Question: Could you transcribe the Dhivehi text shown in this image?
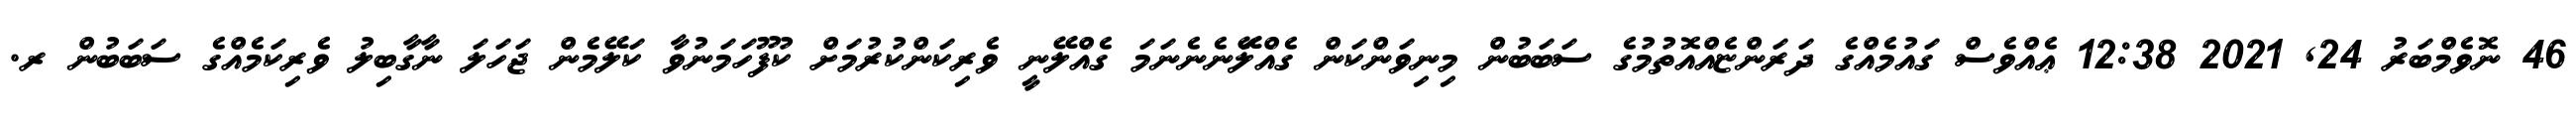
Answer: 46 ނޮވެމްބަރު 24, 2021 12:38 ޢެއްވެސް ގައުމެއްގެ ދަރަންޏެއްއޮތުމުގެ ސަބަބުން މިނިވަންކަން ގެއްލަޭނެނެނަމަ ގެއްލޭނީ ވެރިކަންކުރުމަށް ކުފޫހަމަނުވާ ކަލޭމެން ޖަހަލަ ނާގާބިލު ވެރިކަމެއްގެ ސަބަބުން ރ.